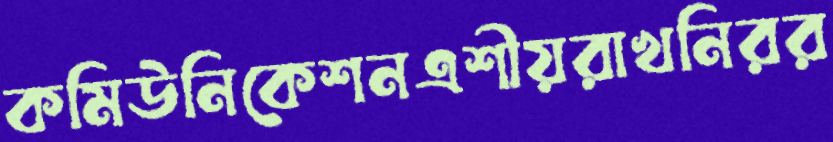
কমিউনিকেশনএশীয়রাখনিরর